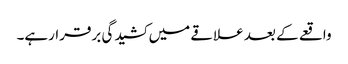
واقعے کے بعد علاقے میں کشیدگی برقرارہے۔